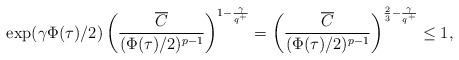
LaTeX: \begin{align*}\exp(\gamma\Phi(\tau)/2)\left(\frac{\overline{C}}{(\Phi(\tau)/2)^{p-1}}\right)^{1-\frac{\gamma}{q^+}}=\left(\frac{\overline{C}}{(\Phi(\tau)/2)^{p-1}}\right)^{\frac{2}{3}-\frac{\gamma}{q^+}} \leq 1,\end{align*}